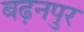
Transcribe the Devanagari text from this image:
बढ़नपुर